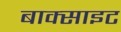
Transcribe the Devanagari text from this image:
बाक्‍साइट